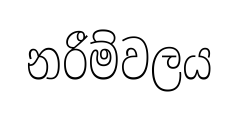
නරීම්වලය